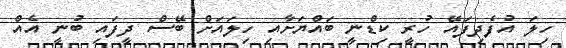
ހިލަ އުފެދިފައޭ ހުރީ ކިޑްނީ ބައްޔަށާއި ހިލައަށް ބޭސް ދީފައި ބުނީ އެއް